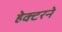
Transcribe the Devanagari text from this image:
हेक्टरने